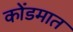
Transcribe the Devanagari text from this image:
कोंडमात